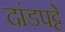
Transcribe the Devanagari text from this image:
दांडपट्टे